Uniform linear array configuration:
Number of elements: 4
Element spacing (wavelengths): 0.5
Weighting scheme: binomial
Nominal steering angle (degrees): -15
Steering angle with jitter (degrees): -15.322
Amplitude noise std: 0.05
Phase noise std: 0.05

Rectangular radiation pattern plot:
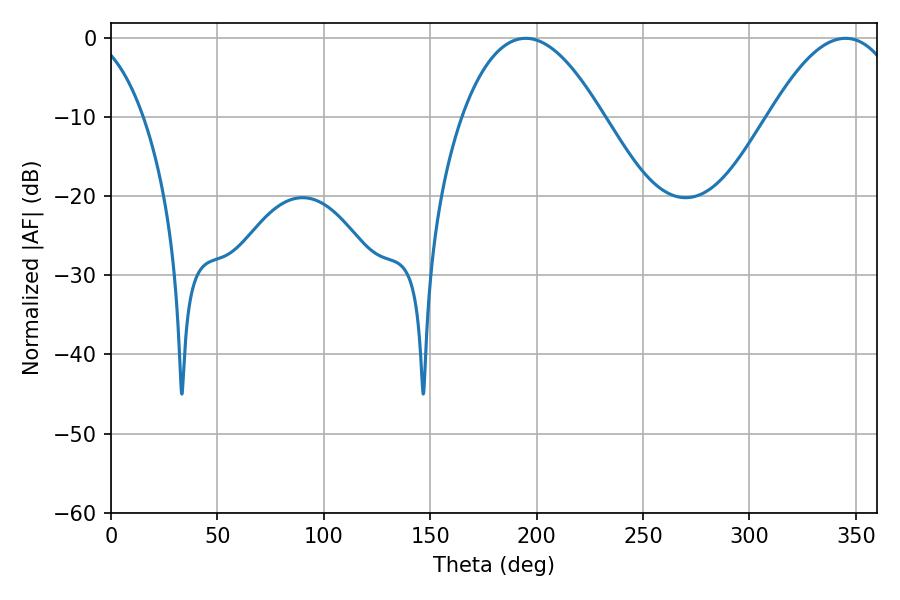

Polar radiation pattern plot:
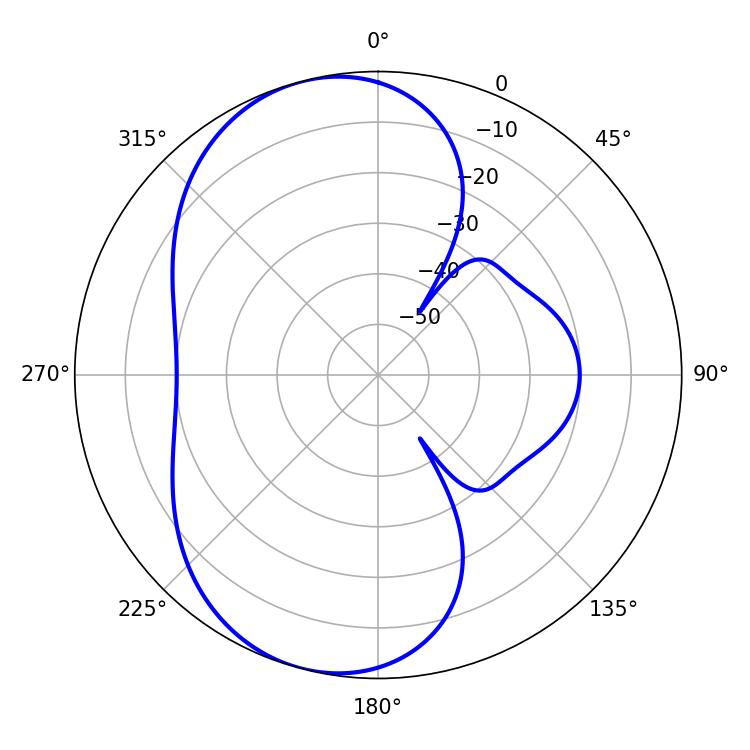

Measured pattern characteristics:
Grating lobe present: FALSE
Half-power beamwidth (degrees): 36.54
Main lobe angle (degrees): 194.94